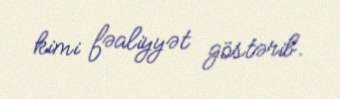
kimi fəaliyyət göstərib.